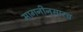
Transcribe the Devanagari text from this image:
मागनीनुसारच